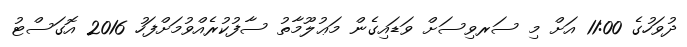
ދުވަހުގެ 11:00 އަށް މި ސަރވިސަށް ވަޑައިގެން މަޢުލޫމާތު ސާފުކުރެއްވުމަށްފަހު 2016 އޮގަސްޓު